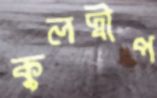
কুলদ্বীপ